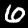
Digit: 6